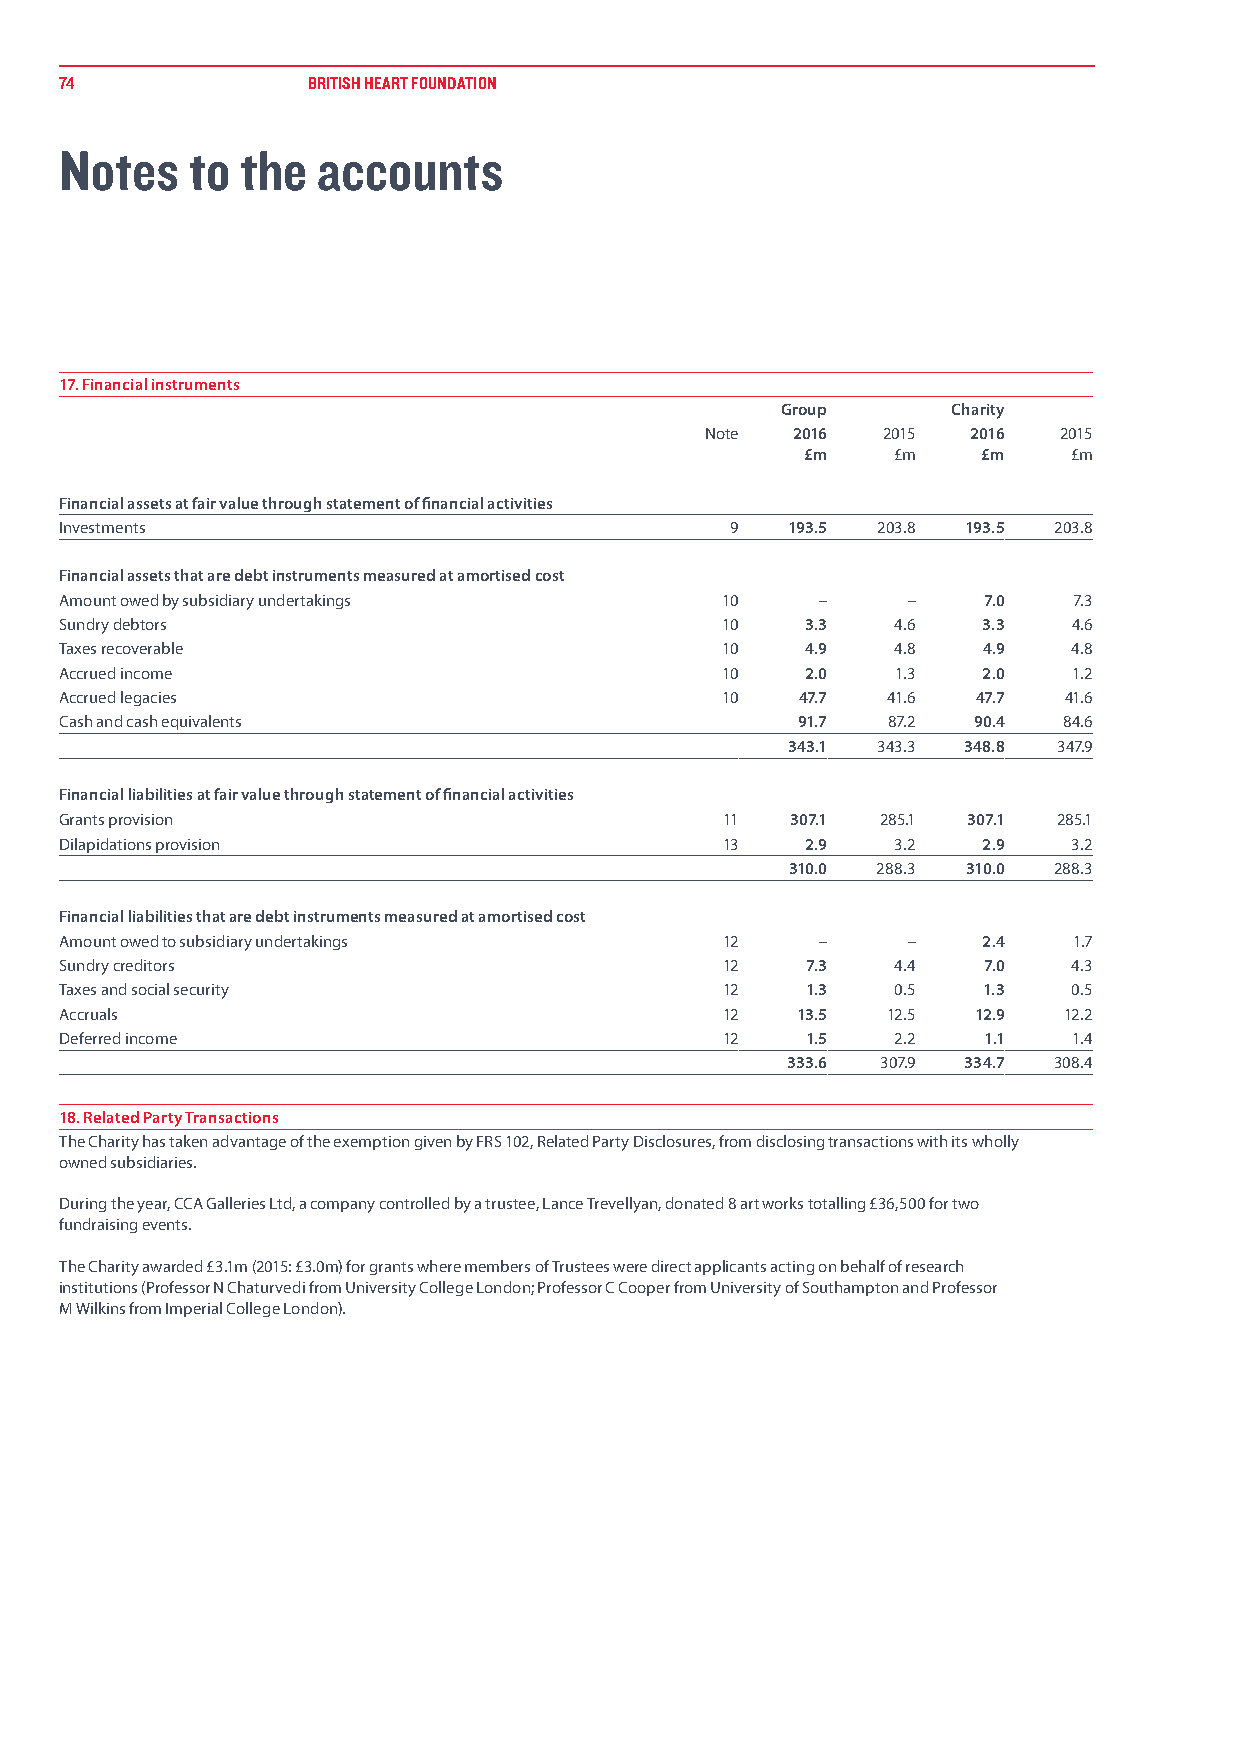
74              BRITISH HEART FOUNDATION
 Notes    to the  accounts
 17. Financial instruments
 Group      Charity
 Note 2016  2015  2016  2015
 £m    £m    £m    £m
 Financial assets at fair value through statement of financial activities
 Investments                                 9   193.5 203.8 193.5 203.8
 Financial assets that are debt instruments measured at amortised cost
 Amount owed by subsidiary undertakings      10    –     –    7.0   7.3
 Sundry debtors                              10   3.3   4.6   3.3   4.6
 Taxes recoverable                           10   4.9   4.8   4.9   4.8
 Accrued income                              10   2.0   1.3   2.0   1.2
 Accrued legacies                            10   47.7  41.6  47.7  41.6
 Cash and cash equivalents                        91.7  87.2 90.4  84.6
 343.1 343.3 348.8 347.9
 Financial liabilities at fair value through statement of financial activities
 Grants provision                            11  307.1 285.1 307.1 285.1
 Dilapidations provision                     13   2.9   3.2   2.9   3.2
 310.0 288.3 310.0 288.3
 Financial liabilities that are debt instruments measured at amortised cost
 Amount owed to subsidiary undertakings      12    –     –    2.4   1.7
 Sundry creditors                            12   7.3   4.4   7.0   4.3
 Taxes and social security                   12   1.3   0.5   1.3   0.5
 Accruals                                    12   13.5  12.5 12.9  12.2
 Deferred income                             12   1.5   2.2   1.1   1.4
 333.6 307.9 334.7 308.4
 18. Related Party Transactions
 The Charity has taken advantage of the exemption given by FRS 102, Related Party Disclosures, from disclosing transactions with its wholly
 owned subsidiaries.
 During the year, CCA Galleries Ltd, a company controlled by a trustee, Lance Trevellyan, donated 8 art works totalling £36,500 for two
 fundraising events.
 The Charity awarded £3.1m (2015: £3.0m) for grants where members of Trustees were direct applicants acting on behalf of research
 institutions (Professor N Chaturvedi from University College London; Professor C Cooper from University of Southampton and Professor
 M Wilkins from Imperial College London).